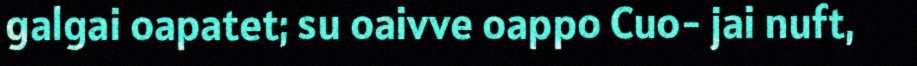
galgai oapatet; su oaivve oappo Cuo- jai nuft,